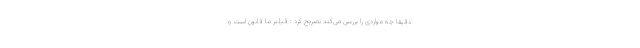
دقیقاً چه مواردی را بررسی می‌کند تصریح کرد : فیلتر ما قانون است و